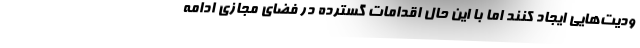
ودیت‌هایی ایجاد کنند اما با این حال اقدامات گسترده در فضای مجازی ادامه